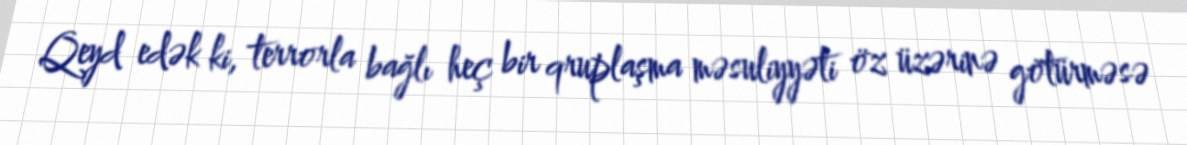
Qeyd edək ki, terrorla bağlı heç bir qruplaşma məsuliyyəti öz üzərinə götürməsə